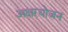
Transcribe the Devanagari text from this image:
अक्षरयोजन